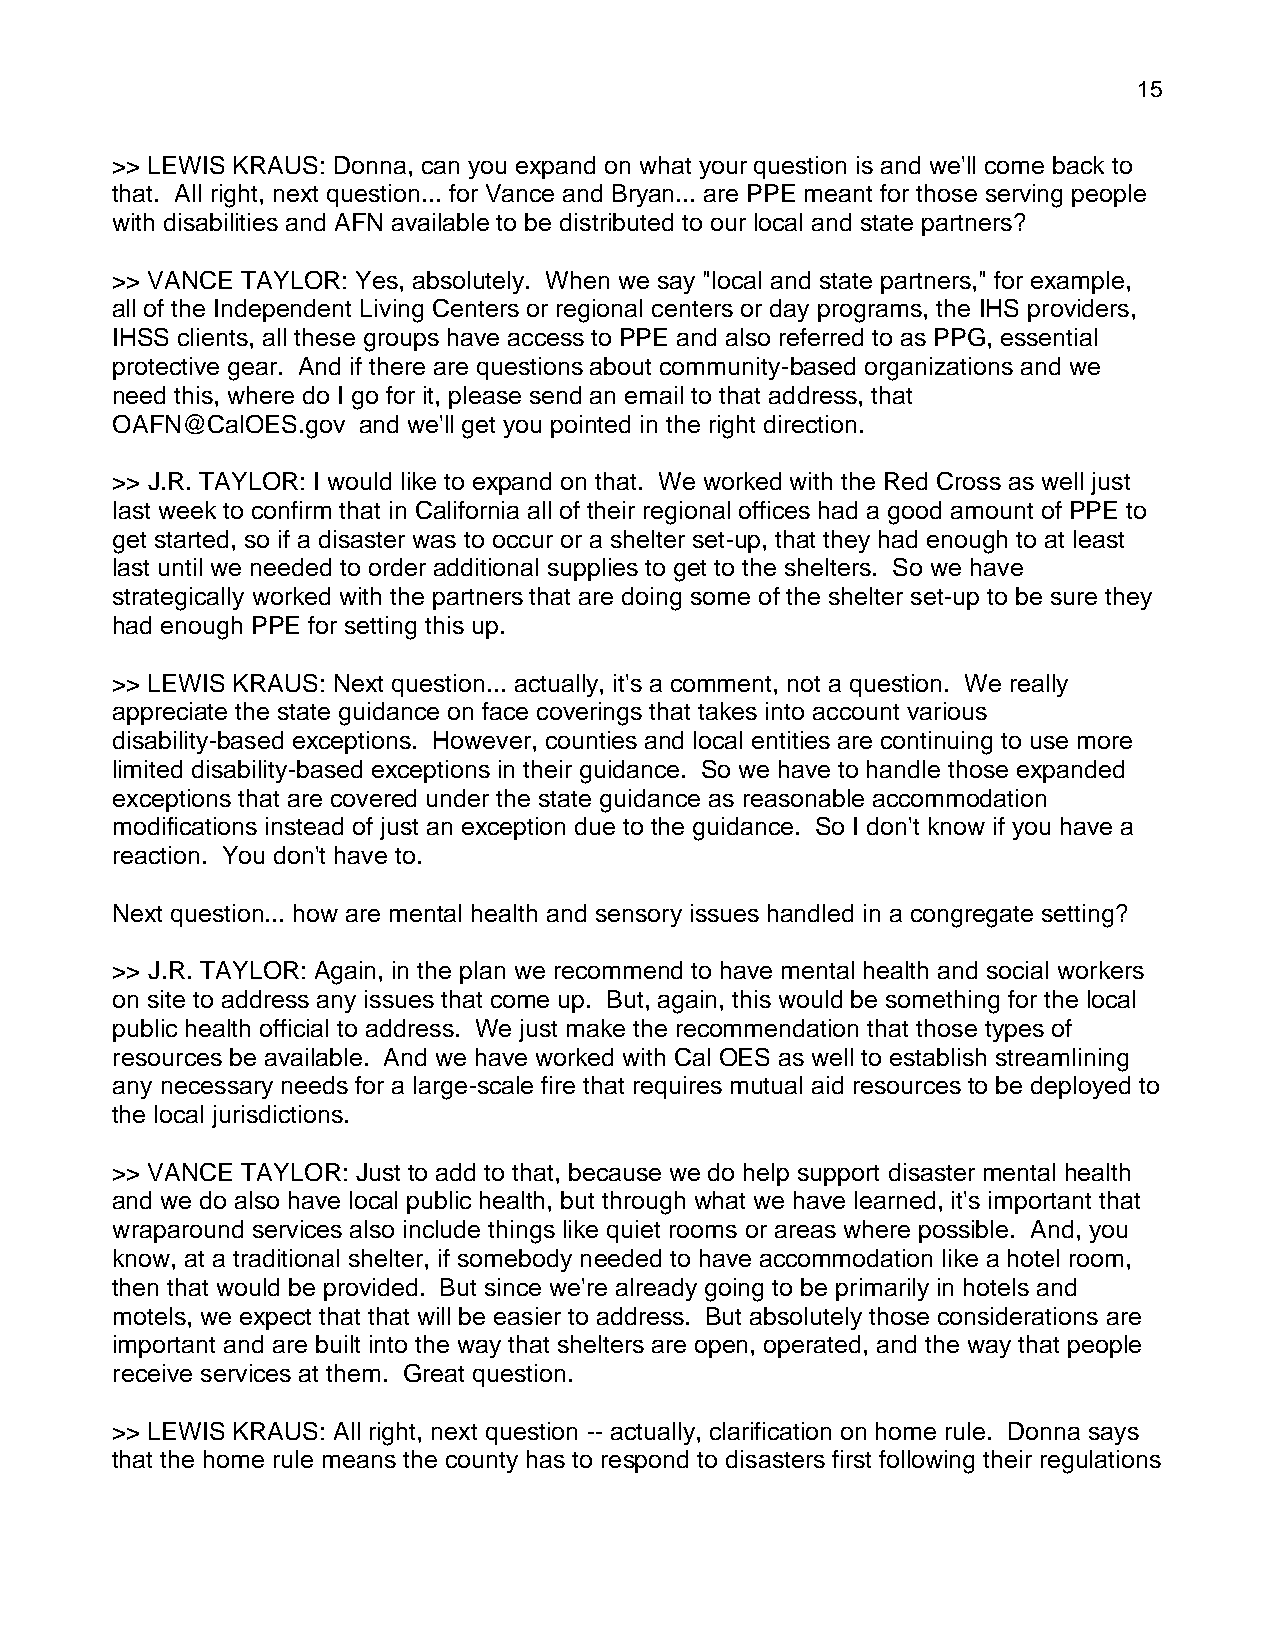
15
 >> LEWIS KRAUS: Donna, can you expand on what your question is and we'll come back to
 that. All right, next question... for Vance and Bryan... are PPE meant for those serving people
 with disabilities and AFN available to be distributed to our local and state partners?
 >> VANCE TAYLOR: Yes, absolutely. When we say "local and state partners," for example,
 all of the Independent Living Centers or regional centers or day programs, the IHS providers,
 IHSS clients, all these groups have access to PPE and also referred to as PPG, essential
 protective gear. And if there are questions about community-based organizations and we
 need this, where do I go for it, please send an email to that address, that
 OAFN@CalOES.gov  and we'll get you pointed in the right direction.
 >> J.R. TAYLOR: I would like to expand on that. We worked with the Red Cross as well just
 last week to confirm that in California all of their regional offices had a good amount of PPE to
 get started, so if a disaster was to occur or a shelter set-up, that they had enough to at least
 last until we needed to order additional supplies to get to the shelters. So we have
 strategically worked with the partners that are doing some of the shelter set-up to be sure they
 had enough PPE for setting this up.
 >> LEWIS KRAUS: Next question... actually, it's a comment, not a question. We really
 appreciate the state guidance on face coverings that takes into account various
 disability-based exceptions. However, counties and local entities are continuing to use more
 limited disability-based exceptions in their guidance. So we have to handle those expanded
 exceptions that are covered under the state guidance as reasonable accommodation
 modifications instead of just an exception due to the guidance. So I don't know if you have a
 reaction. You don't have to.
 Next question... how are mental health and sensory issues handled in a congregate setting?
 >> J.R. TAYLOR: Again, in the plan we recommend to have mental health and social workers
 on site to address any issues that come up. But, again, this would be something for the local
 public health official to address. We just make the recommendation that those types of
 resources be available. And we have worked with Cal OES as well to establish streamlining
 any necessary needs for a large-scale fire that requires mutual aid resources to be deployed to
 the local jurisdictions.
 >> VANCE TAYLOR: Just to add to that, because we do help support disaster mental health
 and we do also have local public health, but through what we have learned, it's important that
 wraparound services also include things like quiet rooms or areas where possible. And, you
 know, at a traditional shelter, if somebody needed to have accommodation like a hotel room,
 then that would be provided. But since we're already going to be primarily in hotels and
 motels, we expect that that will be easier to address. But absolutely those considerations are
 important and are built into the way that shelters are open, operated, and the way that people
 receive services at them. Great question.
 >> LEWIS KRAUS: All right, next question -- actually, clarification on home rule. Donna says
 that the home rule means the county has to respond to disasters first following their regulations